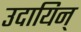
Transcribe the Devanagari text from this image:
उदायिन्